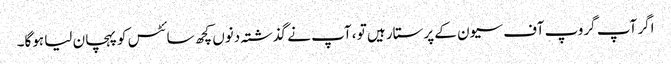
اگر آپ گروپ آف سیون کے پرستار ہیں تو ، آپ نے گذشتہ دنوں کچھ سائٹس کو پہچان لیا ہوگا۔